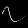
Digit: ၇